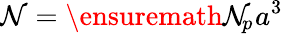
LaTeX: \mathcal{N}=\ensuremath{\mathcal{N}_{\! p}{\! \: }}a^{3}